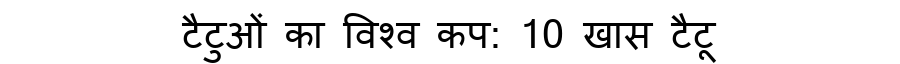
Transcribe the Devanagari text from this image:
टैटुओं का विश्व कप: 10 खास टैटू